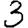
Digit: 3